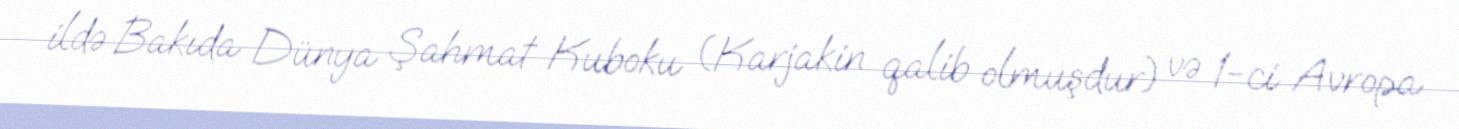
ildə Bakıda Dünya Şahmat Kuboku (Karjakin qalib olmuşdur) və 1-ci Avropa